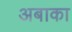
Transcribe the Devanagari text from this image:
अबाका